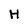
Character: H